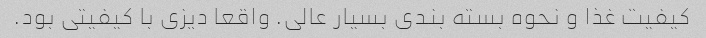
کیفیت غذا و نحوه بسته بندی بسیار عالی. واقعا دیزی با کیفیتی بود.